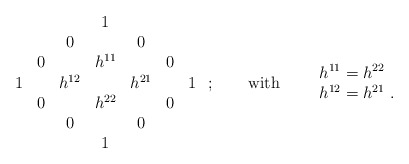
\begin{align*}\begin{array}{ccccccc} & & & 1 & & & \\ & &0 & & 0 & & \\ &0& &h^{11}& & 0& \\1& &h^{12}& &h^{21}&&1\\ &0& &h^{22}& & 0& \\ & &0 & & 0 & & \\ & & & 1 & & &\end{array}\ ;\qquad\mbox{with}\qquad \begin{array}{l}h^{11}=h^{22}\\h^{12}=h^{21}\ .\end{array}\end{align*}